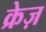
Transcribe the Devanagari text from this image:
क्रेज़